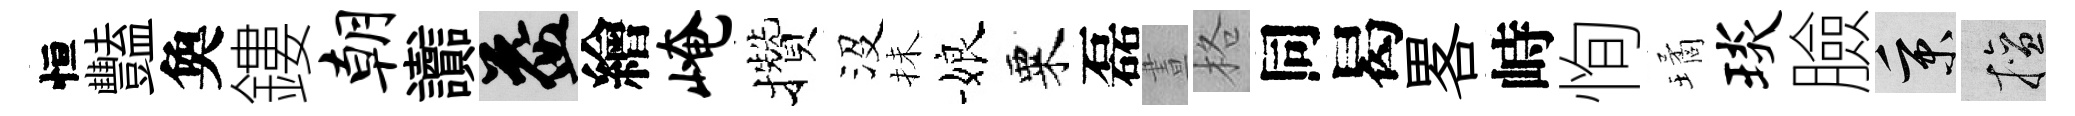
恒豔奐鏤朝讟益繪崦攢沒抺娘粟磊晝格同曷畧峙恂璚琰臉秉擅